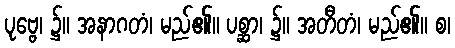
ပုဗ္ဗေ၊ ၌။ အနာဂတံ၊ မည်၏။ ပစ္ဆာ၊ ၌။ အတီတံ၊ မည်၏။ စ၊